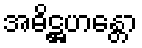
အဓိဋ္ဌဟန္တော